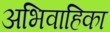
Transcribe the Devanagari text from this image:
अभिवाहिका